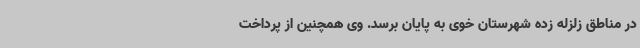
در مناطق زلزله زده شهرستان خوی به پایان برسد. وی همچنین از پرداخت